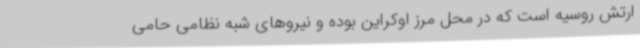
ارتش روسیه است که در محل مرز اوکراین بوده و نیروهای شبه نظامی حامی